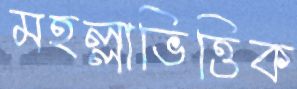
মহল্লাভিত্তিক